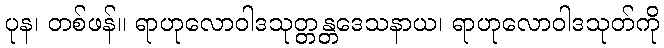
ပုန၊ တစ်ဖန်။ ရာဟုလောဝါဒသုတ္တန္တဒေသနာယ၊ ရာဟုလောဝါဒသုတ်ကို